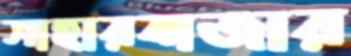
সাহারবাজার